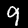
Digit: 9